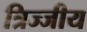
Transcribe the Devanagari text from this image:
त्रिज्जीय